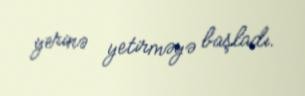
yerinə yetirməyə başladı.